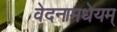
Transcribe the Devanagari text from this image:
वेदनामधेयम्